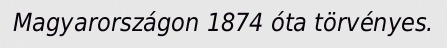
Magyarországon 1874 óta törvényes.